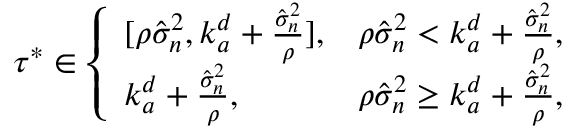
\begin{array} { r } { \tau ^ { * } \in \left\{ \begin{array} { l l } { [ \rho \hat { \sigma } _ { n } ^ { 2 } , k _ { a } ^ { d } + \frac { \hat { \sigma } _ { n } ^ { 2 } } { \rho } ] , } & { \rho \hat { \sigma } _ { n } ^ { 2 } < k _ { a } ^ { d } + \frac { \hat { \sigma } _ { n } ^ { 2 } } { \rho } , } \\ { k _ { a } ^ { d } + \frac { \hat { \sigma } _ { n } ^ { 2 } } { \rho } , } & { \rho \hat { \sigma } _ { n } ^ { 2 } \geq k _ { a } ^ { d } + \frac { \hat { \sigma } _ { n } ^ { 2 } } { \rho } , } \end{array} \right. } \end{array}